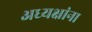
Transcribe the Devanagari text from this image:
अध्यक्षांना